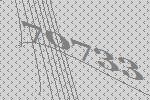
70733